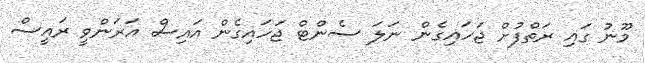
މޫނު ގައި ރަތްފުށް ޖަހައިގެން ނަލަ ސެންޓް ޖަހައިގެން އައިސް އަރަންވީ ރައީސް